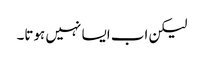
لیکن اب ایسا نہیں ہوتا۔